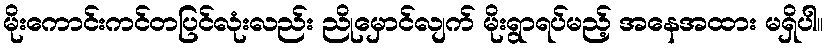
မိုးကောင်းကင်တပြင်လုံးလည်း ညိုမှောင်လျက် မိုးရွာရပ်မည့် အနေအထား မရှိပါ။